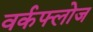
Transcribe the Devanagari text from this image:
वर्कफ्लोज